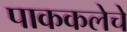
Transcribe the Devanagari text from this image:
पाककलेचे